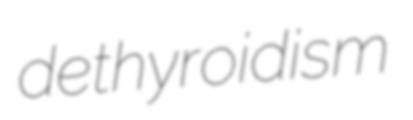
dethyroidism